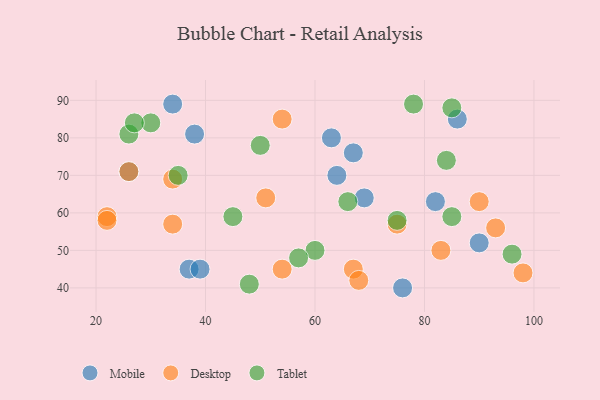
{"axis": {"x": "GDP", "y": "Life Expectancy"}, "legend": ["Desktop", "Mobile", "Tablet"], "data": [{"x": "37", "y": 45, "type": "Mobile"}, {"x": "39", "y": 45, "type": "Mobile"}, {"x": "34", "y": 89, "type": "Mobile"}, {"x": "86", "y": 85, "type": "Mobile"}, {"x": "38", "y": 81, "type": "Mobile"}, {"x": "63", "y": 80, "type": "Mobile"}, {"x": "64", "y": 70, "type": "Mobile"}, {"x": "67", "y": 76, "type": "Mobile"}, {"x": "26", "y": 71, "type": "Mobile"}, {"x": "82", "y": 63, "type": "Mobile"}, {"x": "69", "y": 64, "type": "Mobile"}, {"x": "76", "y": 40, "type": "Mobile"}, {"x": "90", "y": 52, "type": "Mobile"}, {"x": "98", "y": 44, "type": "Desktop"}, {"x": "93", "y": 56, "type": "Desktop"}, {"x": "90", "y": 63, "type": "Desktop"}, {"x": "54", "y": 45, "type": "Desktop"}, {"x": "34", "y": 69, "type": "Desktop"}, {"x": "67", "y": 45, "type": "Desktop"}, {"x": "22", "y": 59, "type": "Desktop"}, {"x": "22", "y": 58, "type": "Desktop"}, {"x": "51", "y": 64, "type": "Desktop"}, {"x": "34", "y": 57, "type": "Desktop"}, {"x": "26", "y": 71, "type": "Desktop"}, {"x": "54", "y": 85, "type": "Desktop"}, {"x": "83", "y": 50, "type": "Desktop"}, {"x": "75", "y": 57, "type": "Desktop"}, {"x": "68", "y": 42, "type": "Desktop"}, {"x": "26", "y": 81, "type": "Tablet"}, {"x": "78", "y": 89, "type": "Tablet"}, {"x": "60", "y": 50, "type": "Tablet"}, {"x": "84", "y": 74, "type": "Tablet"}, {"x": "45", "y": 59, "type": "Tablet"}, {"x": "57", "y": 48, "type": "Tablet"}, {"x": "48", "y": 41, "type": "Tablet"}, {"x": "85", "y": 88, "type": "Tablet"}, {"x": "50", "y": 78, "type": "Tablet"}, {"x": "30", "y": 84, "type": "Tablet"}, {"x": "27", "y": 84, "type": "Tablet"}, {"x": "96", "y": 49, "type": "Tablet"}, {"x": "85", "y": 59, "type": "Tablet"}, {"x": "66", "y": 63, "type": "Tablet"}, {"x": "35", "y": 70, "type": "Tablet"}, {"x": "75", "y": 58, "type": "Tablet"}]}